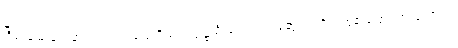
ငြိမ်းချမ်းရေးမှာ ပါဝင်လာဖို့ ဒုတိယ ဥက္ကဋ္ဌ ဦးကျော်တင့်ဆွေက တိုက်တွန်းပြောကြားခဲ့တာပါ။